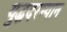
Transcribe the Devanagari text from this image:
युद्धदरम्यान